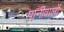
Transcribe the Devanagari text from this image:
पानीवालों